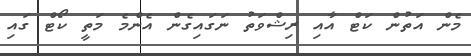
މެން އަތުން ކަޓް އާއި ރިޝްވަތު ނަގައިގެން އެންމެ މަތީ ކޯޓް ގައި